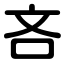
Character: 吝